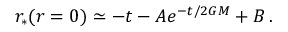
r _ { * } ( r = 0 ) \simeq - t - A e ^ { - t / 2 G M } + B \, .